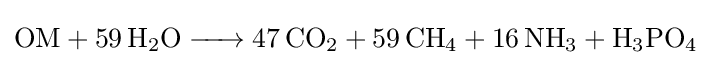
{\ce {OM + 59H2O -> 47CO2 + 59CH4 + 16NH3 + H3PO4}}